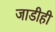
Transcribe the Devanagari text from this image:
जाडीही